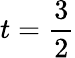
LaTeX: t=\frac 32